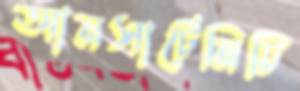
আনসার্টেনিটি